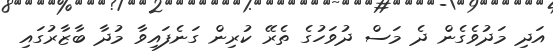
އަދި މަދުވެގެން ދެ މަސް ދުވަހުގެ ތެރޭ ކުރިން ގަނެފައިވާ މުދާ ބާޒާރުގައި